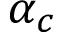
\alpha _ { c }